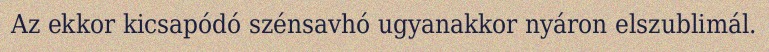
Az ekkor kicsapódó szénsavhó ugyanakkor nyáron elszublimál.